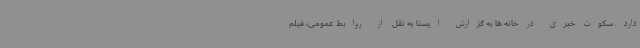
دارد. سکوت خبری در خانه ها به گزارش ایسنا به نقل از روابط عمومی، فیلم